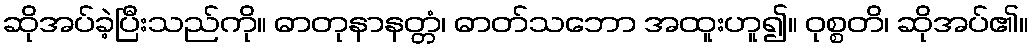
ဆိုအပ်ခဲ့ပြီးသည်ကို။ ဓာတုနာနတ္တံ၊ ဓာတ်သဘော အထူးဟူ၍။ ဝုစ္စတိ၊ ဆိုအပ်၏။